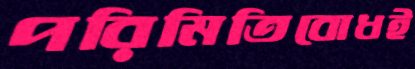
পরিমিতিবোধই